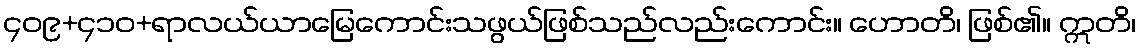
၄၀၉+၄၁၀+ရာလယ်ယာမြေကောင်းသဖွယ်ဖြစ်သည်လည်းကောင်း။ ဟောတိ၊ ဖြစ်၏။ ဣတိ၊